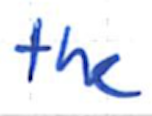
Text: the
Cross-out: clean
Writing tool: ballpoint